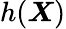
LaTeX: h(\boldsymbol{X})